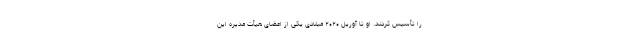
را تأسیس کردند. او تا آوریل ۲۰۲۰ میلادی یکی از اعضای هیأت مدیره این